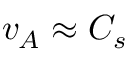
v _ { A } \approx C _ { s }